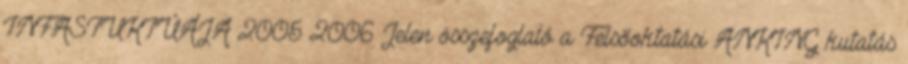
INFASTUKTÚÁJA 2005 2006 Jelen összefoglaló a Felsőoktatási ANKING kutatás